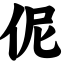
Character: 伲